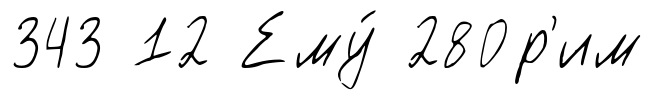
343 12 Ему́ 280р'им